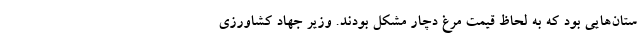
ستان‌هایی بود که به لحاظ قیمت‌ مرغ دچار مشکل بودند. وزیر جهاد کشاورزی